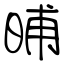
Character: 晡